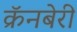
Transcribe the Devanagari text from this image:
क्रॅनबेरी